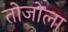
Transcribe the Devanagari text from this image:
तोजोला